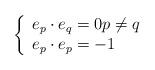
LaTeX: \begin{align*}\left\{\begin{array}{ll}e_p\cdot e_q=0 p\not=q\\e_p\cdot e_p=-1\end{array}\right.\end{align*}